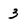
Character: 3